Manual of vaccination for the United Provinces of Agra and Oudh -
Year: 1903
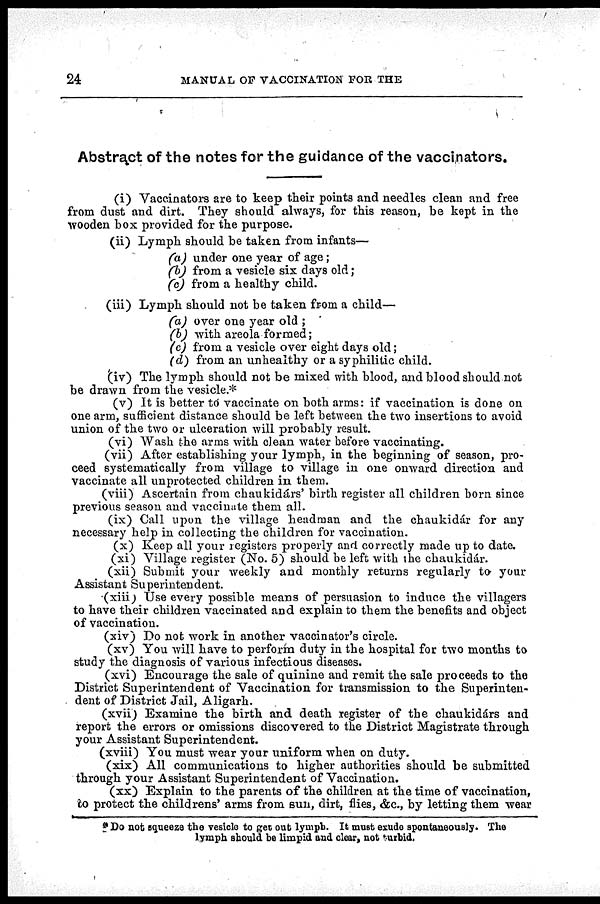
24
MANUAL OF VACCINATION FOR THE
Abstract of the notes for the guidance of the vaccinators.
(i) Vaccinators are to keep their points and needles clean and free
from dust and dirt. They should always, for this reason, be kept in the
wooden box provided for the purpose.
(ii) Lymph should be taken from infants—
(a) under one year of age ;
(b) from a vesicle six days old;
(c) from a healthy child.
(iii) Lymph should not be taken from a child—
(a) over one year old ;
(b) with areola formed;
(c) from a vesicle over eight days old;
(d) from an unhealthy or a syphilitic child.
(iv) The lymph should not be mixed with blood, and blood should not
be drawn from the vesicle.*
(v) It is better to vaccinate on both arms: if vaccination is done on
one arm, sufficient distance should be left between the two insertions to avoid
union of the two or ulceration will probably result.
(vi) Wash the arms with clean water before vaccinating.
(vii) After establishing your lymph, in the beginning of season, pro-
ceed systematically from village to village in one onward direction and
vaccinate all unprotected children in them.
(viii) Ascertain from chaukidárs' birth register all children born since
previous season and vaccinate them all.
(ix) Call upon the village headman and the chaukidár for any
necessary help in collecting the children for vaccination.
(x) Keep all your registers properly and correctly made up to date.
(xi) Village register (No. 5) should be left with the chaukidár.
(xii) Submit your weekly and monthly returns regularly to your
Assistant Superintendent.
(xiii) Use every possible means of persuasion to induce the villagers
to have their children vaccinated and explain to them the benefits and object
of vaccination.
(xiv) Do not work in another vaccinator's circle.
(xv) You will have to perform duty in the hospital for two months to
study the diagnosis of various infectious diseases.
(xvi) Encourage the sale of quinine and remit the sale proceeds to the
District Superintendent of Vaccination for transmission to the Superinten-
dent of District Jail, Aligarh.
(xvii) Examine the birth and death register of the chaukidárs and
report the errors or omissions discovered to the District Magistrate through
your Assistant Superintendent.
(xviii) You must wear your uniform when on duty.
(xix) All communications to higher authorities should be submitted
through your Assistant Superintendent of Vaccination.
(xx) Explain to the parents of the children at the time of vaccination,
to protect the childrens' arms from sun, dirt, flies, &c., by letting them wear
*Do not squeeze the vesicle to get out lymph. It must exudo spontaneously. The
lymph should be limpid and clear, not turbid.